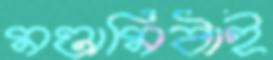
মণ্ডামিঠাই